Eestimaa_Kommunistliku_Partei_Keskkomitee, lk 64
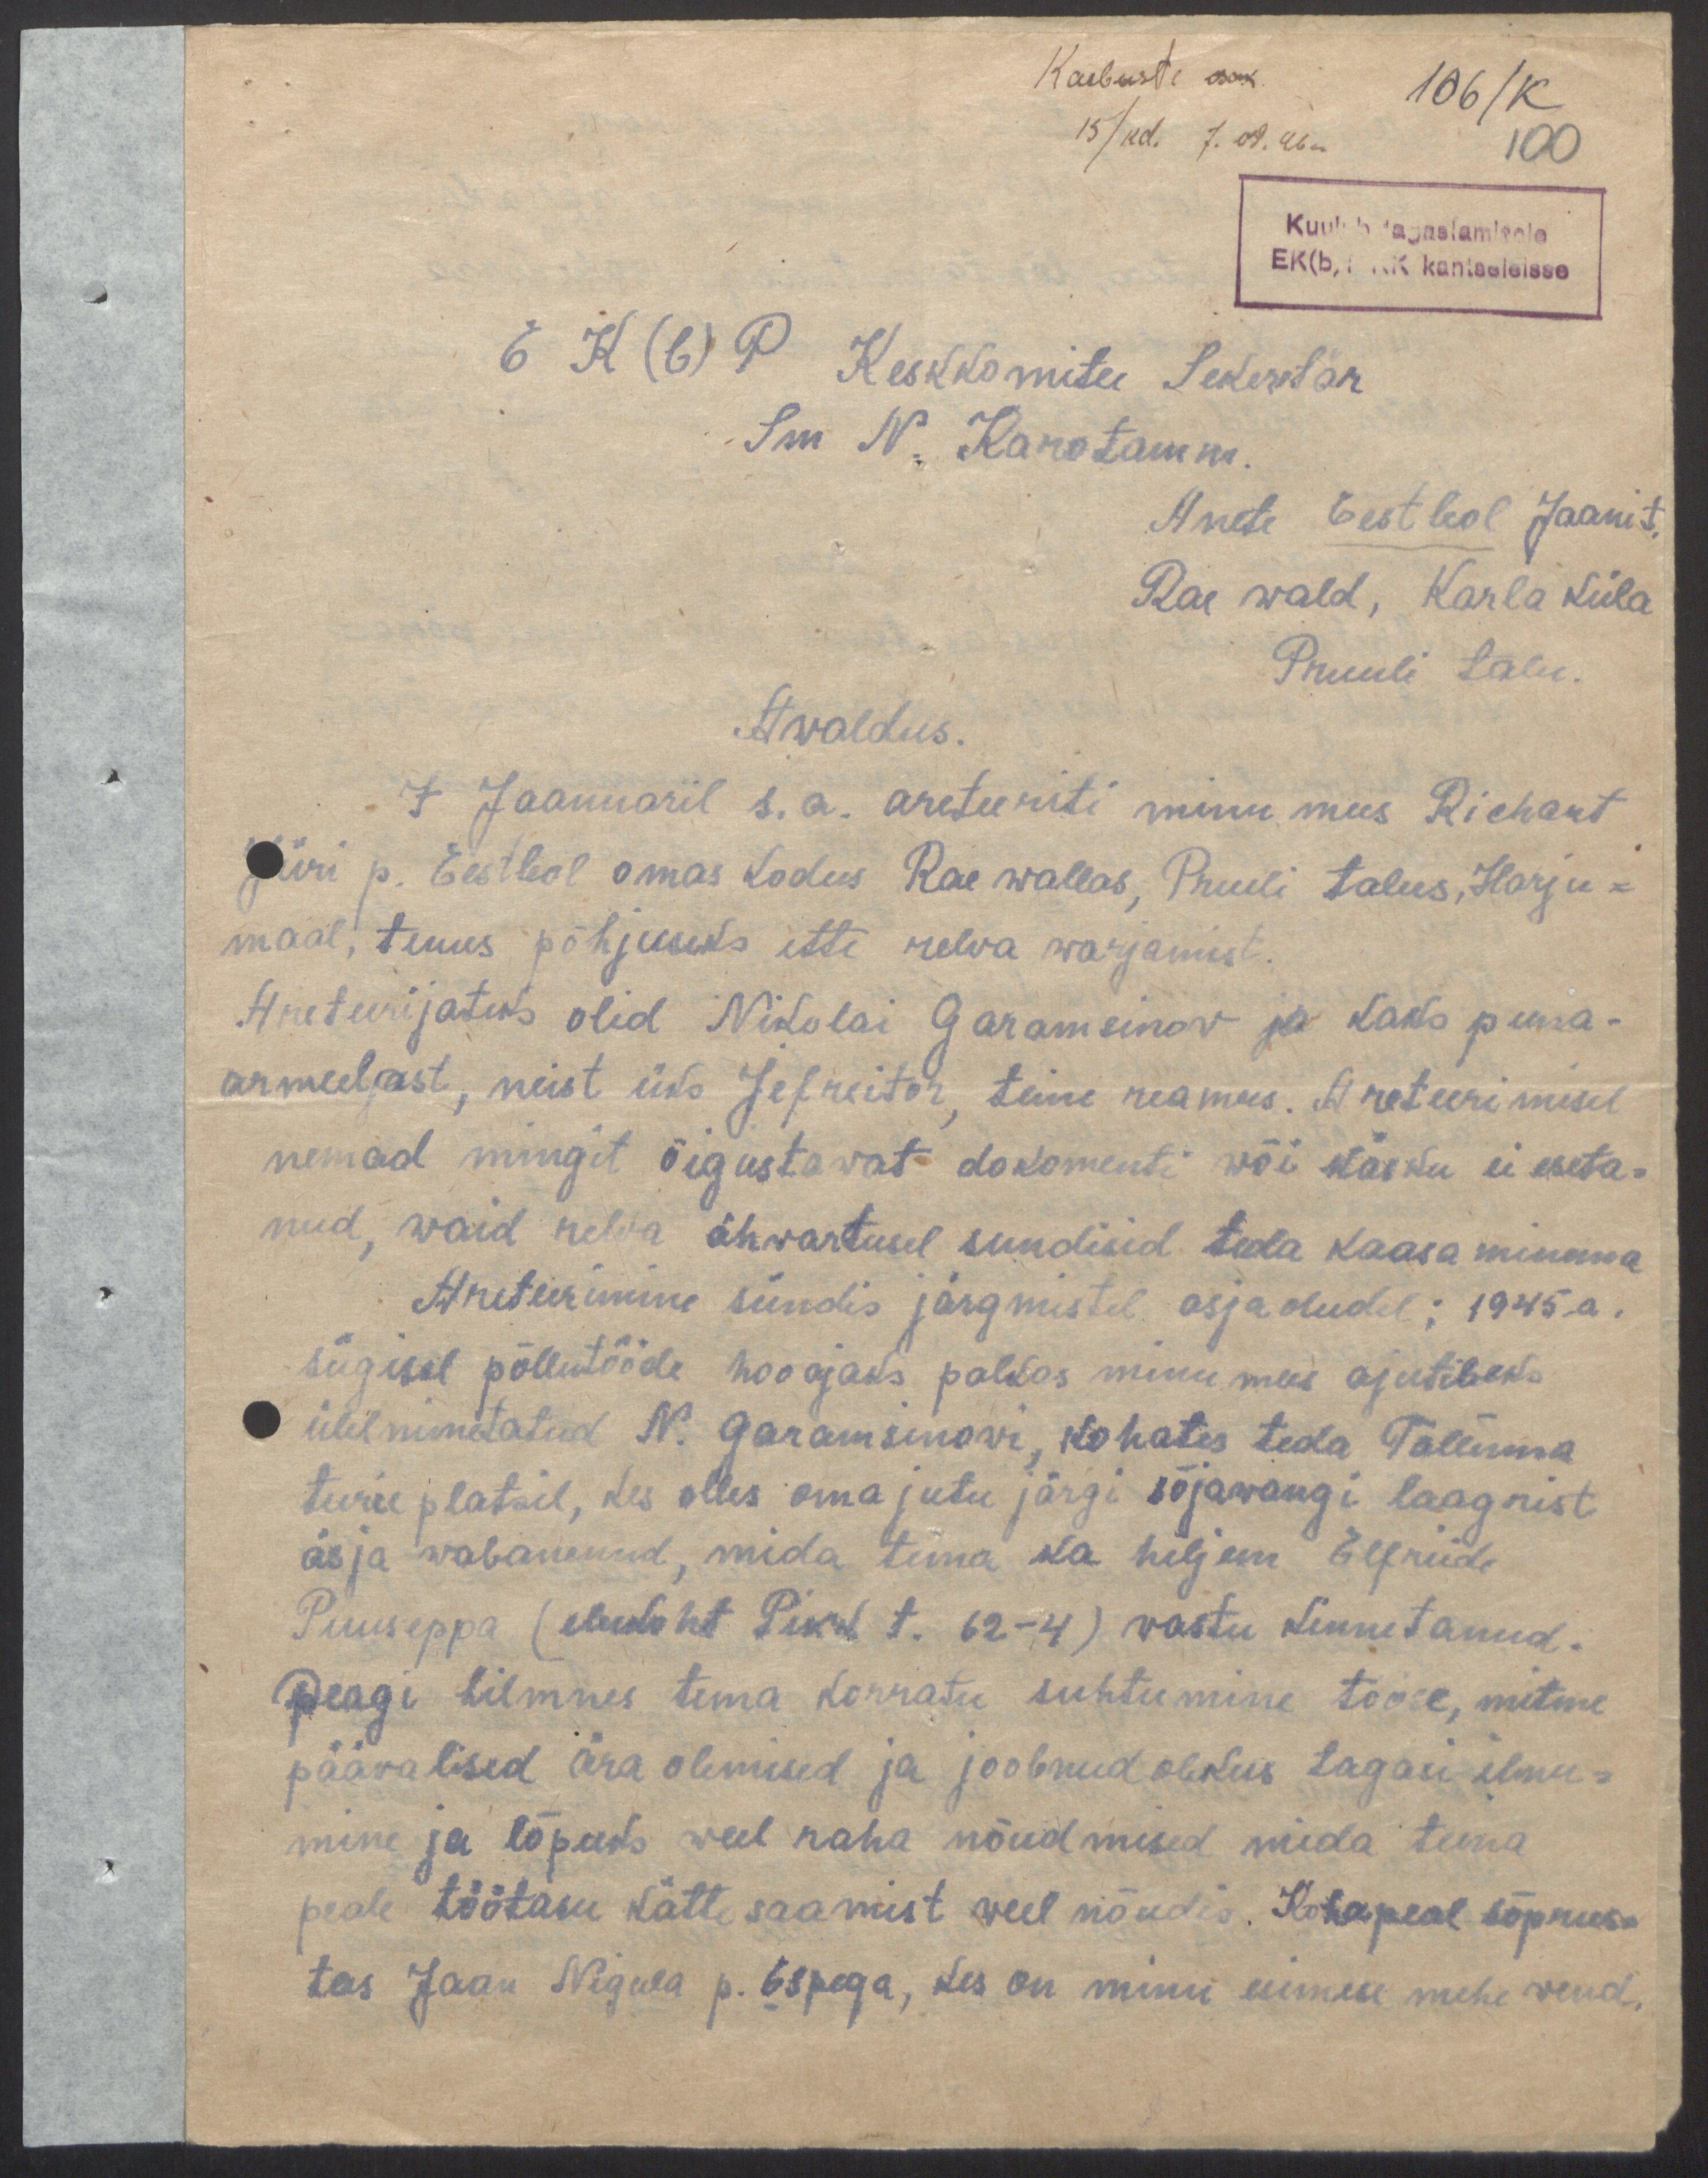
Kaebuste osak.
106/K
15/kd. 7. 09. 46a
100
Kuulub tagastamisele
EK(b) P KK kantseleisse
EK(b)P Keskkomitee Sekeretär
Sm N. Karotamm.
Anete Eestleol Jaani t.
Rae wald, Karla küla
Pruuli talu.
Awaldus.
7 Jaanuaril s.a. areteeriti minu mees Richart
Jüri p. Eestleol omas kodus Rae wallas, Puuli talus, Harju-
maal, tuues põhjuseks ette relwa warjamist.
Areteerijateks olid Nikolai Garamsinow ja kaks puna-
armeelast, neist üks Jefreitor, teine reamees. Areteerimisel
nemad mingit õigustawat dokomenti wõi käsku ei eseta-
nud, waid relwa ähvardusel sundisid teda kaasa minema
Areteerimine sündis järgmistel asjaoludel: 1945.a.
sügisel põllutööde hooajaks palkas minu mees ajutileks
ülelnimetatud N. Garamsinowi, kohates teda Tallinna
turu platsil, kes olles oma jutu järgi sõjawangi laagrist
äsja wabanenud, mida tema ka hiljem Elfriide
Puuseppa (elukoht Pikk t. 62-4) wastu kinnitanud.
Peagi hilmnes tema korratu suhtumine tööse, mitme
pääwalised ära olemised ja joobnud olekus tagasi ilmu-
mine ja lõpuks weel raha nõudmised mida tema
peale töötasu kätte saamist weel nõudis. Kohapeal sõprus-
tas Jaan Nigula p. Espega, kes on minu esimese mehe wend.